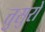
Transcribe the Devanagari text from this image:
त्तुसुरो